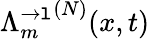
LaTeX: {\Lambda_{m}^{\rightarrow\mathtt{l}}}^{(N)}(x,t)